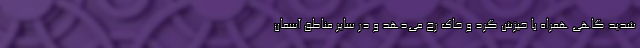
شدید گاهی همراه با خیزش گرد و خاک رخ می‌دهد و در سایر مناطق آسمان